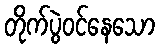
တိုက်ပွဲဝင်နေသော